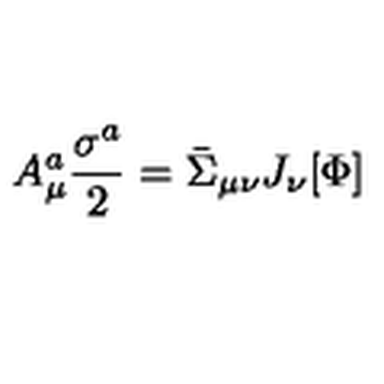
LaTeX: A _ { \mu } ^ { a } \frac { \sigma ^ { a } } { 2 } = \bar { \Sigma } _ { \mu \nu } J _ { \nu } [ \Phi ]